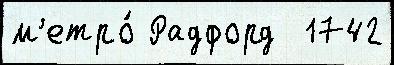
м'етро́ Радфорд  1742